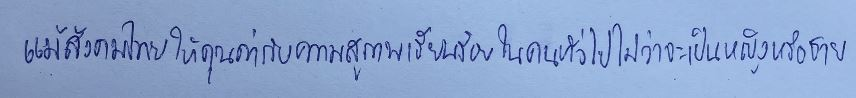
แม้สังคมไทยให้คุณค่ากับความสุภาพเรียบร้อยในคนทั่วไปไม่ว่าจะเป็นหญิงหรือชาย